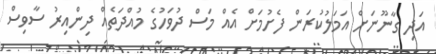
އަދި ގާނޫނަށް އަމަލުކުރަން ފެށުމަށް އެއް މަސް ދުވަހުގެ މުއްދަތެއް ދިންއިރު ސާވިސް